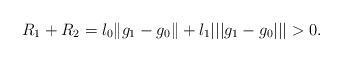
LaTeX: \begin{align*}R_1+R_2=l_0\|g_1-g_0\|+l_1|||g_1-g_0|||>0.\end{align*}